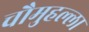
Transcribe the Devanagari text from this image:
चौमुहल्ला